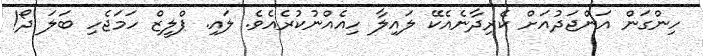
ހިންގަން އަންޖަދުއަށް ކެރިދާނެއެކޭ ލައިލާ ހިއެއްނުކުރެއެވެ. ލައި. ޕްލީޒް ހަމަޖެހި ބަލަ ދޯ!